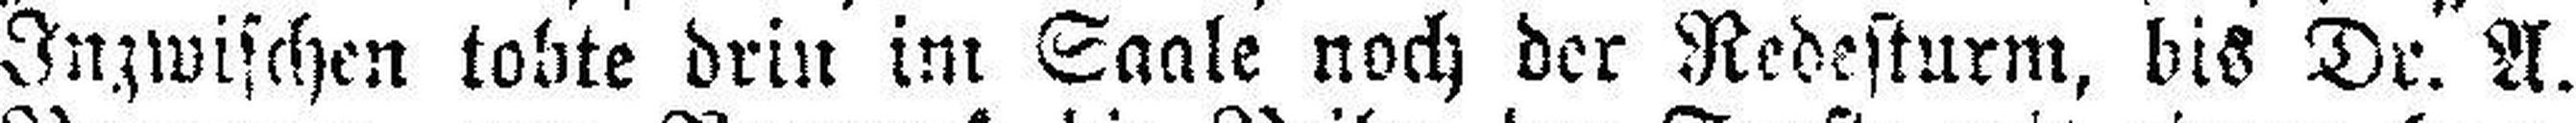
Inzwischen tobte drin im Saale noch der Redesturm, bis Dr. A.